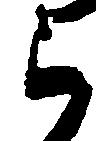
ら